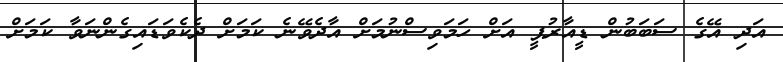
އަދި އޭގެ ސަބަބުން ޑީއާރުޕީ އަށް ހަމަވިސްނުމަށް އާދެވޭނެ ކަމަށް ދެކެވަޑައިގެންނަވާ ކަމަށް